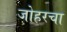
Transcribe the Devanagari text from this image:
जोहरचा